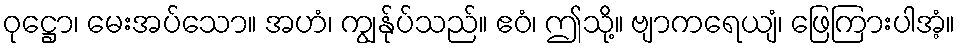
ဝုဋ္ဌော၊ မေးအပ်သော။ အဟံ၊ ကျွန်ုပ်သည်။ ဧဝံ၊ ဤသို့။ ဗျာကရေယျံ၊ ဖြေကြားပါအံ့။